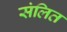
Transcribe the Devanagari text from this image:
संलित